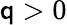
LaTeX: \mathsf{q}>0